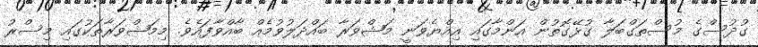
ގުދުސްގެ މުސްތަގްބަލާ ގުޅޭގޮތުން އަންމާގައި އިއްޔެވަނީ މަޝްވަރާ ބައްދަލުވުމެއް ބާއްވާފައެވެ. މިމަޝްވަރާތަކުގައި މިސްރު